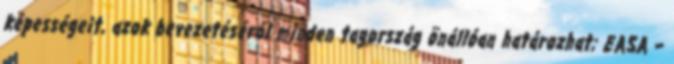
képességeit, azok bevezetéséről minden tagország önállóan határozhat; EASA –